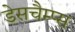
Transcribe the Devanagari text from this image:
डेसचैम्प्स